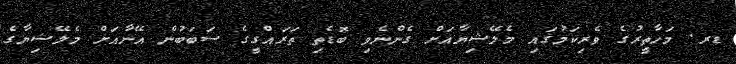
ޑރ. މަހާތީރުގެ ވެރިކަމުގައި މެލޭޝިޔާއަށް ގެންނެވި ބޮޑެތި ތަރައްގީގެ ސަބަބުން އޭނާއަށް މެލޭޝިޔާގެ